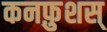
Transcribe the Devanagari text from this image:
कनफ़ुशस्